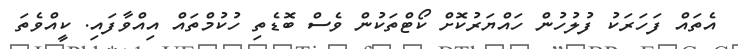
އެތައް ފަހަރަކު ފުލުހުން ހައްޔަރުކޮށް ކޯޓްތަކުން ވެސް ބޮޑެތި ހުކުމްތައް އިއްވާފައި. ކީއްވެތަ